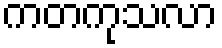
ကတကုသလာ